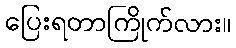
ပြေးရတာကြိုက်လား။